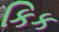
કિક